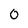
Character: O